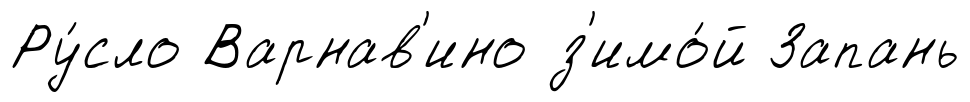
Ру́сло Варнав'ино з'имо́й Запань